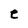
Character: e